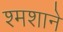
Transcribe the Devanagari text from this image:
श्मशाने